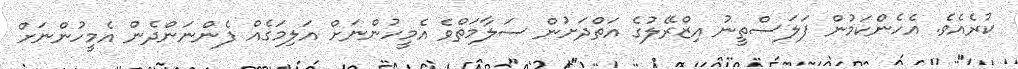
ކުރެއެވެ. އެހެންކަމުން ފަލަސްތީނު އިޒްރޭލުގެ އަތްދަށުން ސަލާމަތްވެ އެމީހުންނަށް އަލިމަގެއް ފެންނަންދެން އެމީހުންނަށް